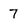
Character: 7